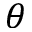
\theta